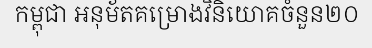
កម្ពុជា អនុម័តគម្រោងវិនិយោគចំនួន២០